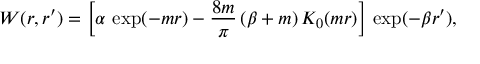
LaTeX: W ( r , r ^ { \prime } ) = \left[ \alpha \, \exp ( - m r ) - \frac { 8 m } { \pi } \, ( \beta + m ) \, K _ { 0 } ( m r ) \right] \, \exp ( - \beta r ^ { \prime } ) ,